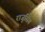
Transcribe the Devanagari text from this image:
राजुसिंग